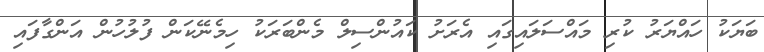
ބަޔަކު ހައްޔަރު ކުރި މައްސަލައިގައި އެރަށު ކައުންސިލް މެންބަރަކު ހިމެނޭކަން ފުލުހުން އަންގާފައި